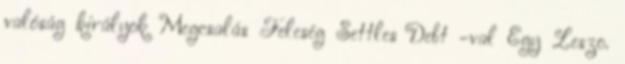
valóság királyok Megcsalás Feleség Settles Debt -val Egy Leszo.